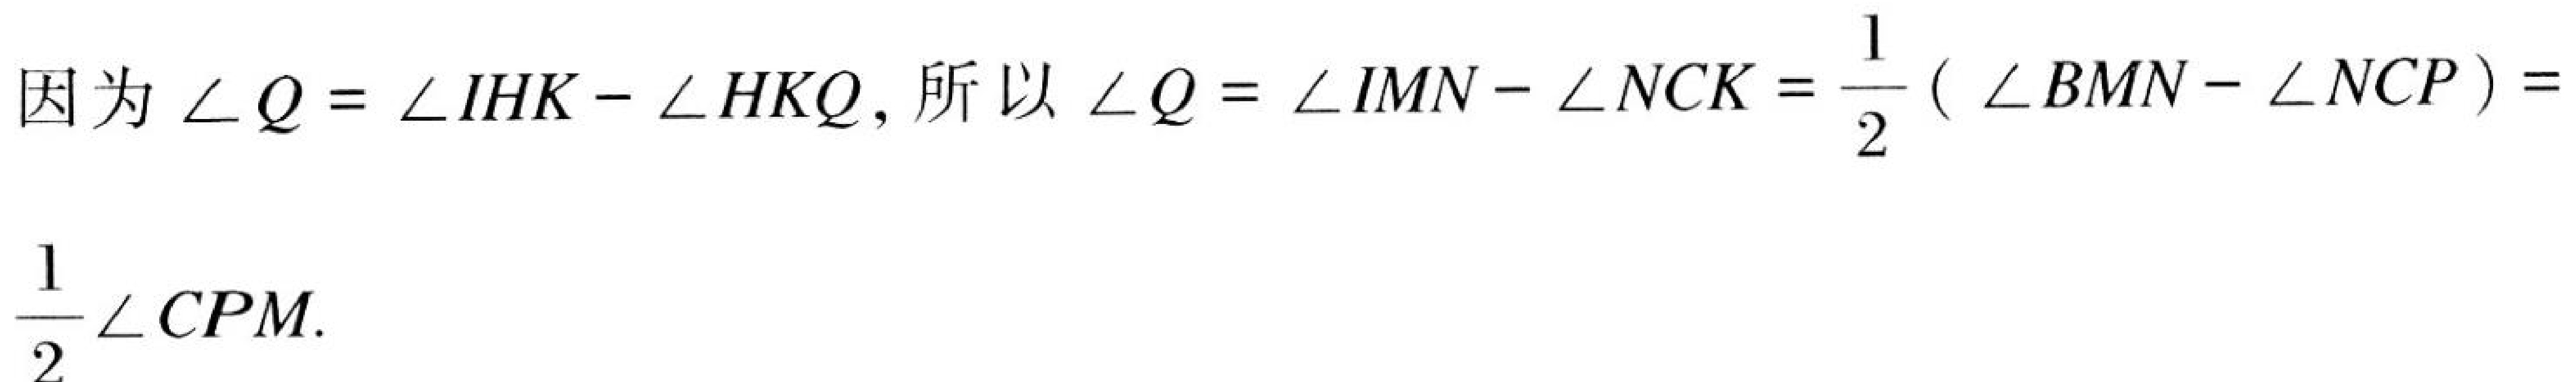
因为\(\angle Q = \angle IHK-\angle HKQ\), 所以\(\angle Q = \angle IMN-\angle NCK=\frac{1}{2}(\angle BMN - \angle NCP)=\frac{1}{2}\angle CPM\).